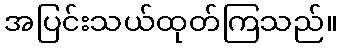
အပြင်းသယ်ထုတ်ကြသည်။